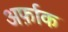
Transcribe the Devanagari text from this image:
अर्फ़ाक